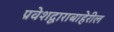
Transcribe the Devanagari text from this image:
प्रवेशद्वाराबाहेरील